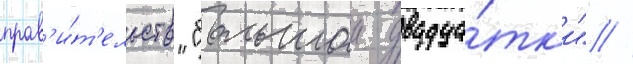
прав'и́т'ельств "большои двадца́тк'и" //